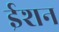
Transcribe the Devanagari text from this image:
ईशन